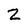
Character: 2